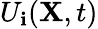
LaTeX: U_{\mathbf{i}}(\mathbf{{X}},t)